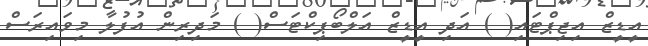
އީޑީޒް އިޖިޕްޓައި( ) އަދި އީޑީޒް އަލްބޯޕިކްޓަސް( ) މަދިރިން އުފުލާ މިވައިރަސް